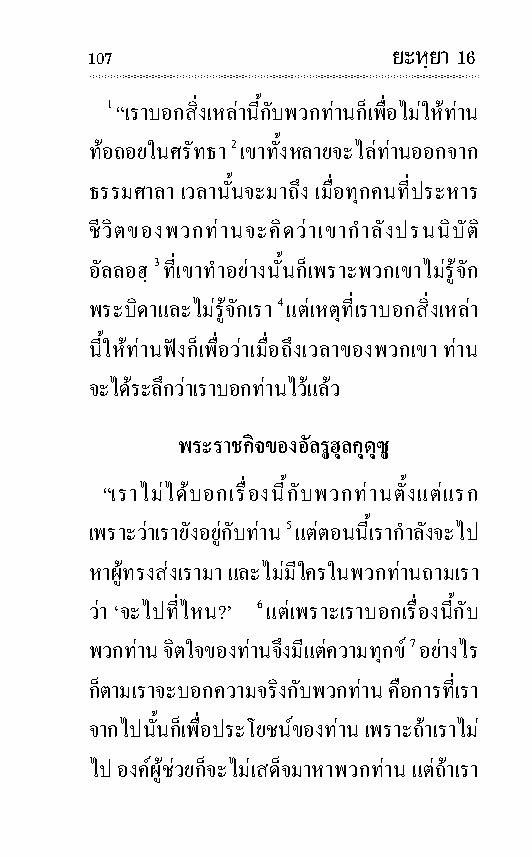
107                 ยะหฺยา 16
 1 “เราบอกสิ่งเหลานี้กับพวกทานก็เพื่อไมใหทาน
 ทอ ถอยในศรัทธา 2 เขาทั้ง หลายจะไลทานออกจาก
 ธรรม ศาลา เวลานั้นจะมาถึง เมื่อทุก คนที่ประ หาร
 ชีวิตของพวกทานจะคิดวาเขากํา ลังปรน นิ บัติ
 อัล ลอฮฺ 3 ที่เขาทําอยางนั้นก็เพราะพวกเขาไมรู จัก
 พระ บิดาและไมรู จักเรา 4 แตเหตุที่เราบอกสิ่งเหลา
 นี้ใหทานฟงก็เพื่อวาเมื่อถึงเวลาของพวกเขา ทาน
 จะไดระลึกวาเราบอกทานไวแลว
 พระราช กิจของอัลรูฮุลกุดุซู
 “เราไมไดบอกเรื่องนี้กับพวกทานตั้งแตแรก
 เพราะวาเรายังอยูกับทาน 5 แตตอน นี้เรากํา ลังจะไป
 หาผูทรงสงเรามา และไมมีใครในพวกทานถามเรา
 วา ‘จะไปที่ไหน?’ 6 แตเพราะเราบอกเรื่องนี้กับ
 พวกทาน จิตใจของทานจึงมีแตความทุกข 7 อยาง ไร
 ก็ตามเราจะบอกความ จริงกับพวกทาน คือการที่เรา
 จากไปนั้นก็เพื่อประ โยชนของทาน เพราะถาเราไม
 ไป องคผูชวยก็จะไมเสด็จมาหาพวกทาน แตถาเรา